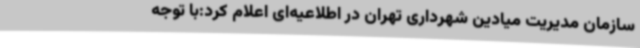
سازمان مدیریت میادین شهرداری تهران در اطلاعیه‌ای اعلام کرد:با توجه